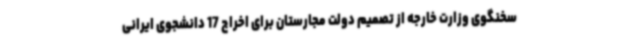
سخنگوی وزارت خارجه از تصمیم دولت مجارستان برای اخراج 17 دانشجوی ایرانی